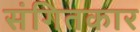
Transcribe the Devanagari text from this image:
संगितकार